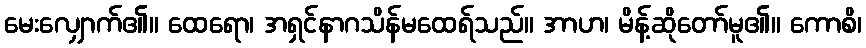
မေးလျှောက်၏။ ထေရော၊ အရှင်နာဂသိန်မထေရ်သည်။ အာဟ၊ မိန့်ဆိုတော်မူ၏။ ကောစိ၊